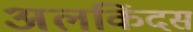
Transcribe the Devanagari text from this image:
अलकिंदस